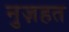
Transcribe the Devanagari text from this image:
नुज़हत